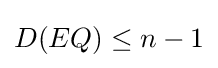
D(EQ)\leq n-1